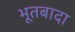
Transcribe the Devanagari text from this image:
भूतबादा